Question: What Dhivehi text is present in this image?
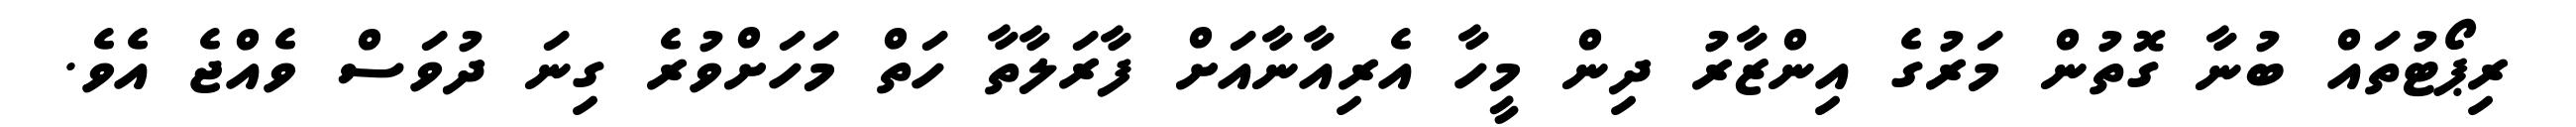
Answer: ރިޕޯޓުތައް ބުނާ ގޮތުން މަރުގެ އިންޒާރު ދިން މީހާ އެރިއާނާއަށް ފާރަލާތާ ހަތް މަހަށްވުރެ ގިނަ ދުވަސް ވެއްޖެ އެވެ.